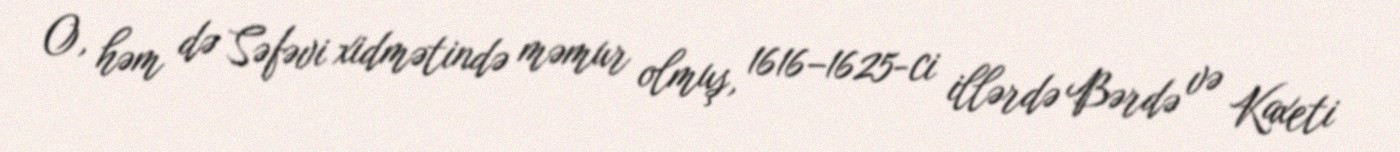
O, həm də Səfəvi xidmətində məmur olmuş, 1616–1625-ci illərdə Bərdə və Kaxeti